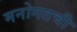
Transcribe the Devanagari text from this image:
मनोगतची